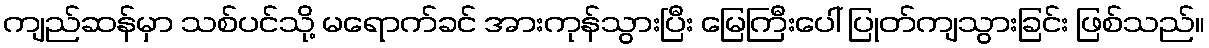
ကျည်ဆန်မှာ သစ်ပင်သို့ မရောက်ခင် အားကုန်သွားပြီး မြေကြီးပေါ် ပြုတ်ကျသွားခြင်း ဖြစ်သည်။